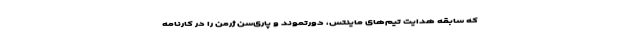
که سابقه هدایت تیم‌های ماینتس، دورتموند و پاری‌سن ژرمن را در کارنامه